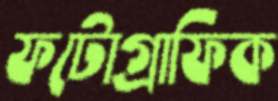
ফটোগ্রাফিক